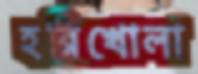
হরিখোলা